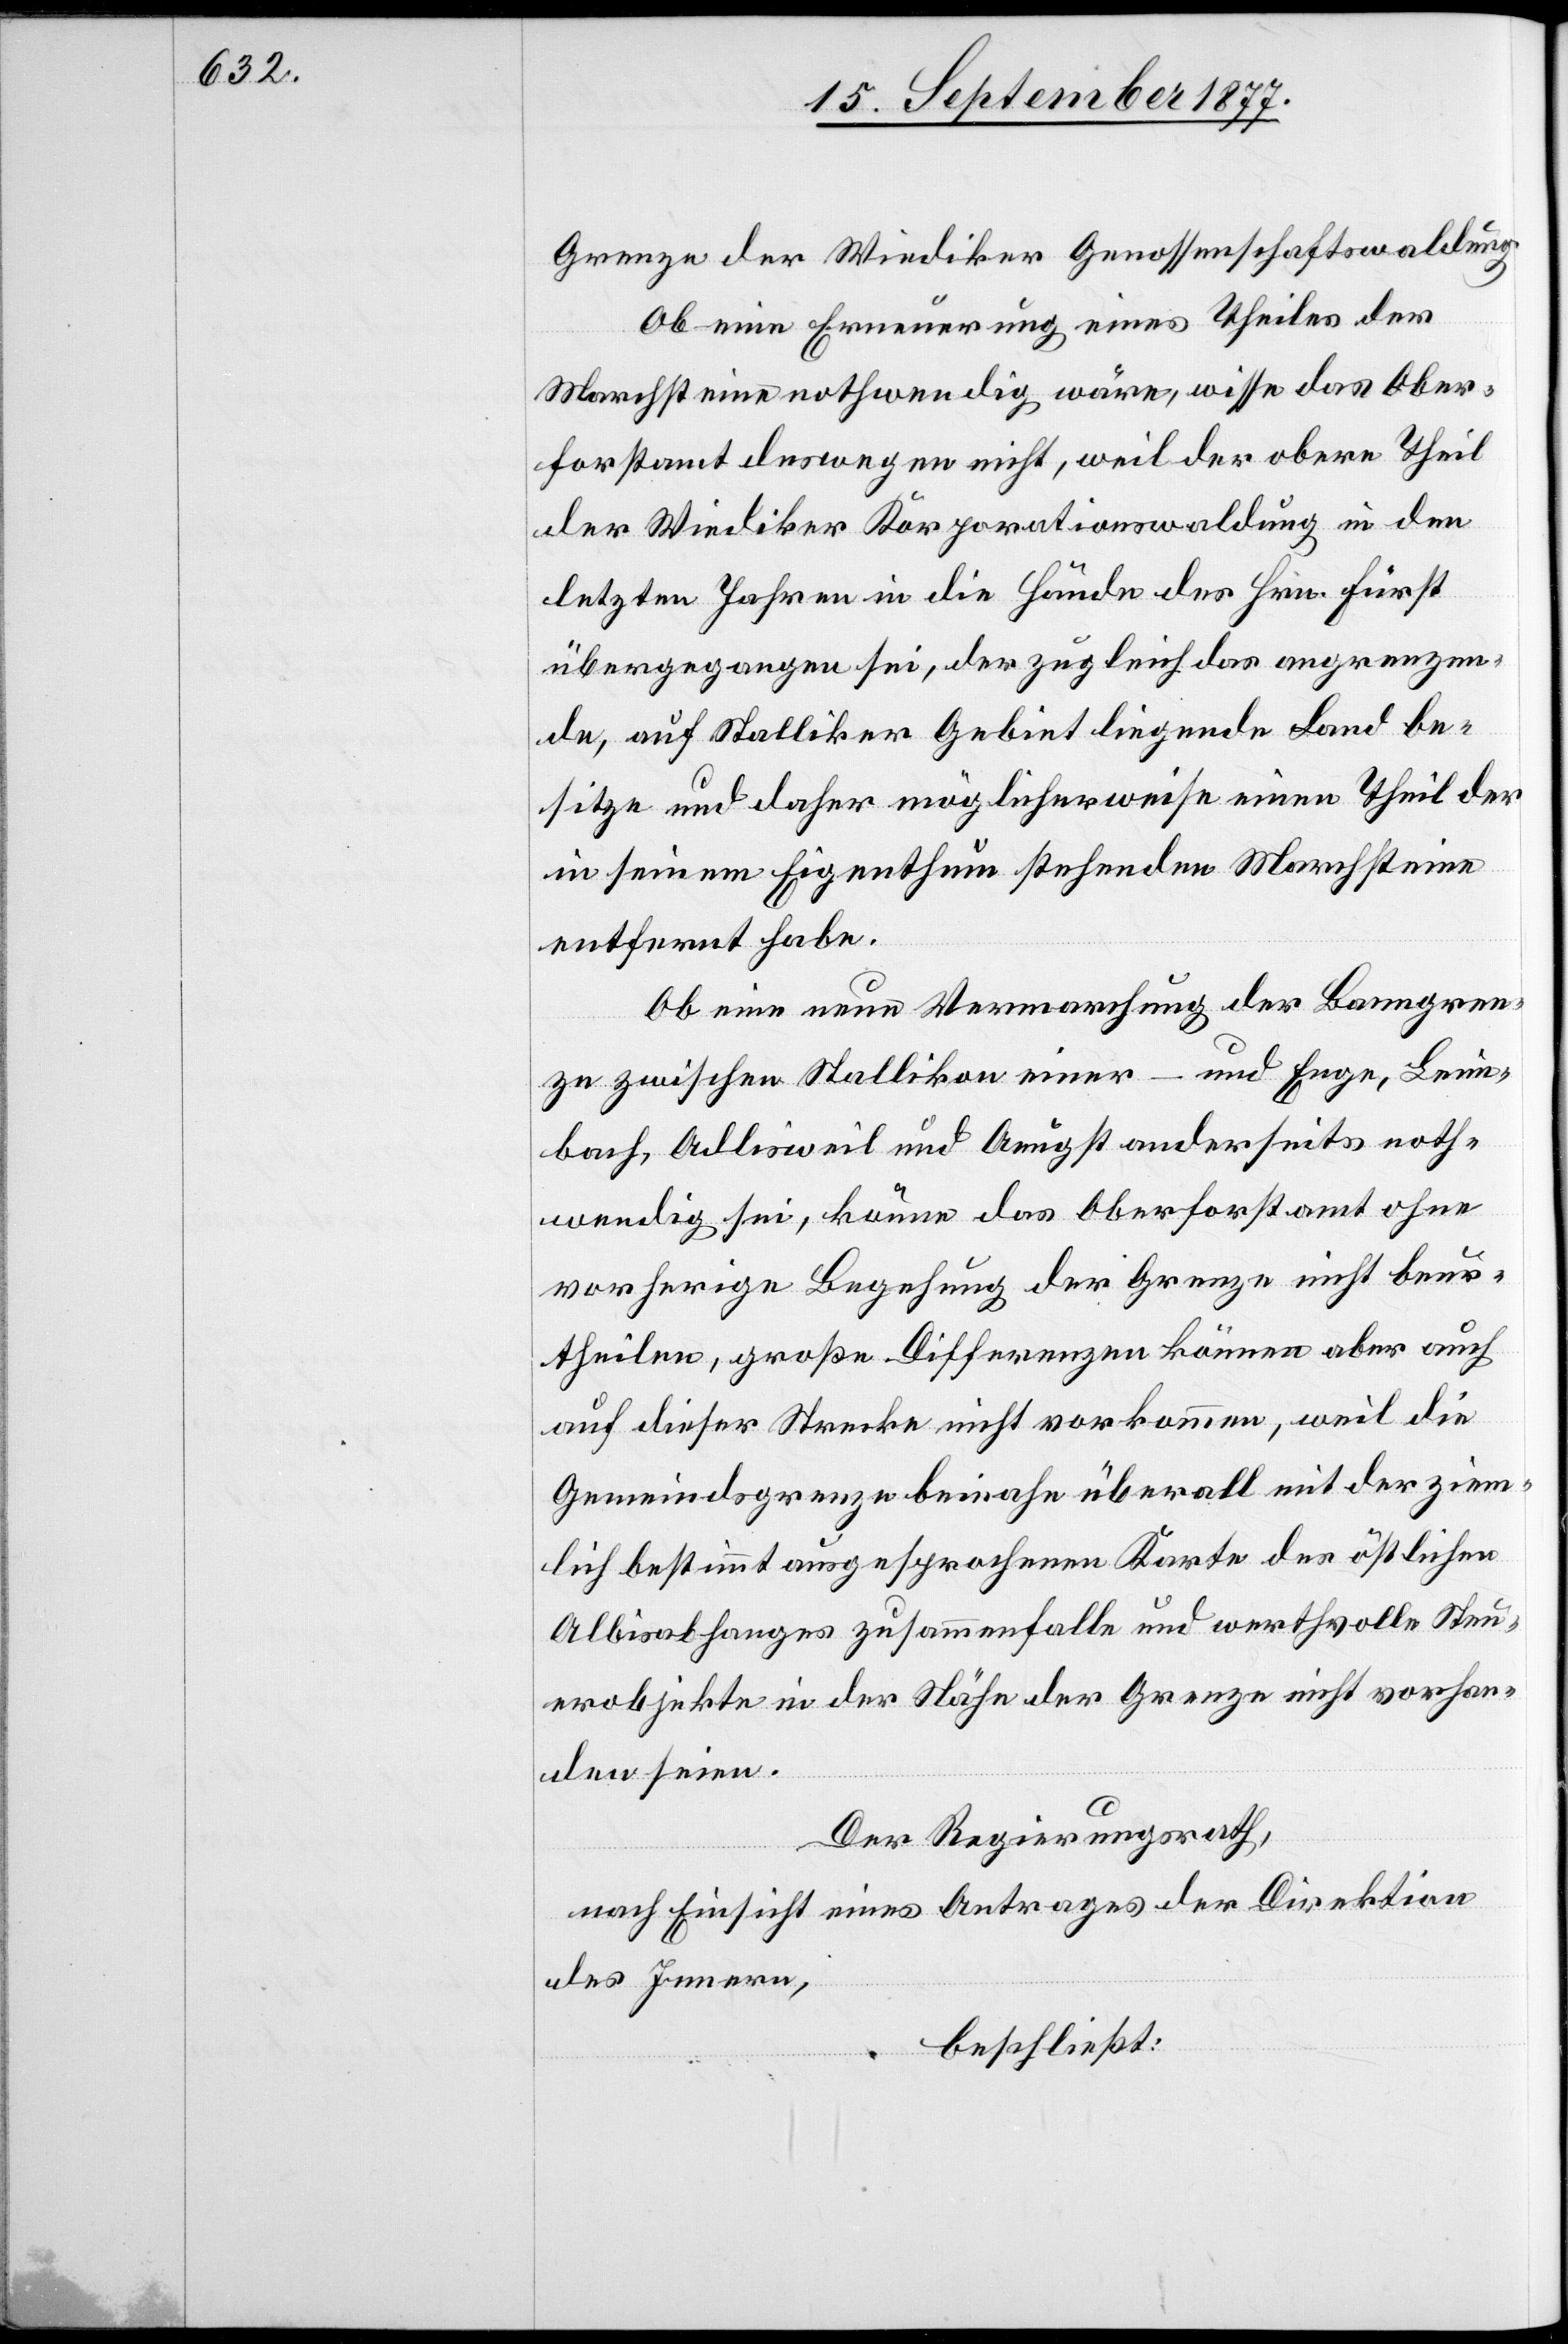
Grenze der Wiediker Genossenschaftswaldung.
Ob eine Erneuerung eines Theiles der
Marchsteine nothwendig wäre, wisse das Ober¬
forstamt deswegen nicht, weil der obere Theil
der Wiediker Korporationswaldung in den
letzten Jahren in die Hände des Hrn. Fürst
übergegangen sei, der zugleich das angrenzen¬
de, auf Stalliker Gebiet liegende Land be¬
sitze und daher möglicherweise einen Theil der
in seinem Eigenthum stehenden Marchsteine
entfernt habe.
Ob eine neue Vermarchung der Banngren¬
ze zwischen Stallikon einer – und Enge, Leim¬
bach, Adlisweil und Aeugst anderseits noth¬
wendig sei, könne das Oberforstamt ohne
vorherige Begehung der Grenze nicht beur¬
theilen, große Differenzen können aber auch
auf dieser Strecke nicht vorkommen, weil die
Gemeindsgrenze beinahe überall mit der ziem¬
lich bestimmt ausgesprochenen Karte des östlichen
Albisabhanges zusammenfalle und werthvolle Steu¬
erobjekte in der Nähe der Grenze nicht vorhan¬
den seien.
Der Regierungsrath,
nach Einsicht eines Antrages der Direktion
des Innern,
beschließt: